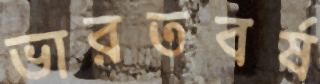
ভারতবর্ষ